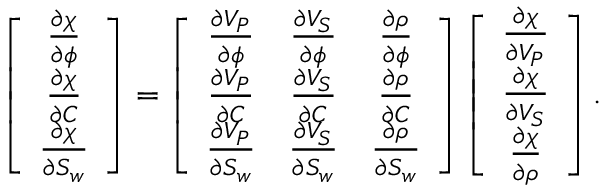
\left[ \begin{array} { c } { \frac { \partial \chi } { \partial \phi } } \\ { \frac { \partial \chi } { \partial C } } \\ { \frac { \partial \chi } { \partial S _ { w } } } \end{array} \right] = \left[ \begin{array} { c c c } { \frac { \partial V _ { P } } { \partial \phi } } & { \frac { \partial V _ { S } } { \partial \phi } } & { \frac { \partial \rho } { \partial \phi } } \\ { \frac { \partial V _ { P } } { \partial C } } & { \frac { \partial V _ { S } } { \partial C } } & { \frac { \partial \rho } { \partial C } } \\ { \frac { \partial V _ { P } } { \partial S _ { w } } } & { \frac { \partial V _ { S } } { \partial S _ { w } } } & { \frac { \partial \rho } { \partial S _ { w } } } \end{array} \right] \left[ \begin{array} { c } { \frac { \partial \chi } { \partial V _ { P } } } \\ { \frac { \partial \chi } { \partial V _ { S } } } \\ { \frac { \partial \chi } { \partial \rho } } \end{array} \right] .